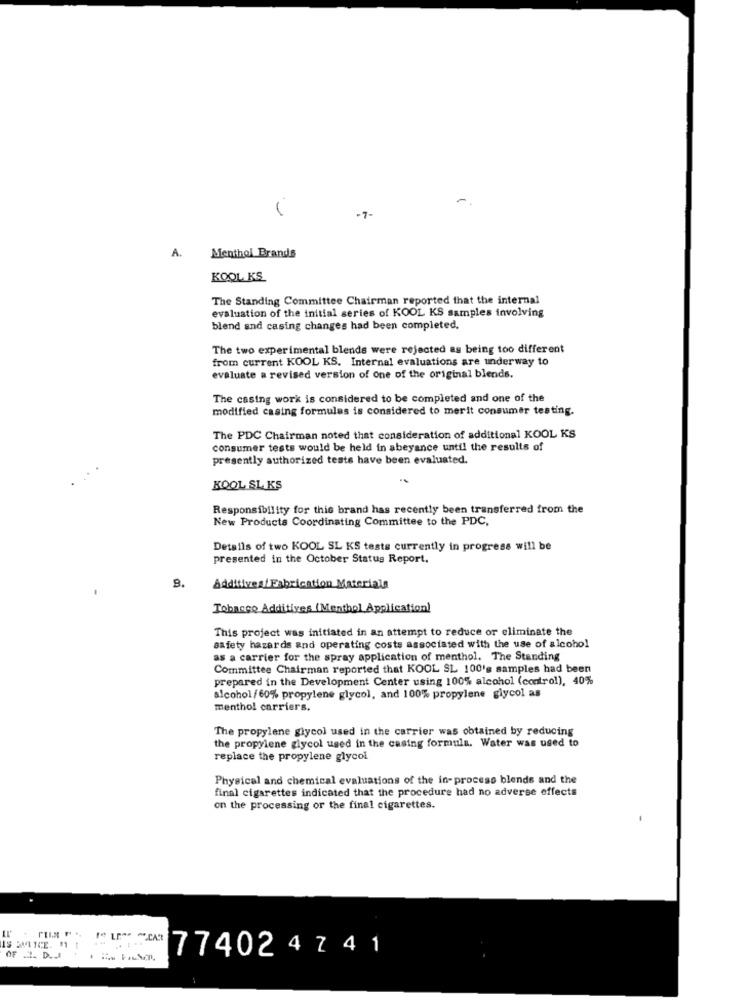
-7-
A. Menthol Brands
KOOL KS
The Standing Committee Chairman reported that the internal
evaluation of the initial series of KOOL KS samples involving
blend and casing changes had been completed.
The two experimental blends were rejected as being too different
from current KOOL KS. Internal evaluations are underway to
evaluate a revised version of one of the original blends.
The casing work is considered to be completed and one of the
modified casing formulas is considered to merit consumer testing.
The PDC Chairman noted that consideration of additional KOOL KS
consumer tests would be held in abeyance until the results of
presently authorized tests have been evaluated.
KOOL SL KS
Responsibility for this brand has recently been transferred from the
New Products Coordinating Committee to the PDC,
Details of two KOOL SL KS tests currently in progress will be
presented in the October Status Report.
9.
Additives/ Fabrication Materials
Tobacco Additives (Menthol Application)
This project was initiated in an attempt to reduce or eliminate the
safety hazards and operating costs associated with the use of alcohol
as a carrier for the spray application of menthol. The Standing
Committee Chairman reported that KOOL SL 100's samples had been
prepared in the Development Center using 100% alcohol (control), 40%
alcohol/60% propylene glycol, and 100% propylene glycol as
menthol carriers.
The propylene glycol used in the carrier was obtained by reducing
the propylene glycol used in the casing formula. Water was used to
replace the propylene glycol
Physical and chemical evaluations of the in- process blends and the
final cigarettes indicated that the procedure had no adverse effects
on the processing or the final cigarettes.
-
OF _ D.JJ.
77402 4 7 4 1